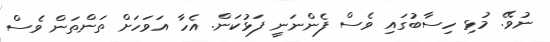
ނުވޭ. މުޅި ހިސާބުގައި ވެސް ފެންނަނީ ފަޅުކަން. އެހާ އަވަހަށް ތަންތަން ވެސް